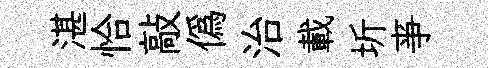
湛恰敲僞治載圻亊